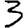
Digit: 3